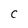
Character: C